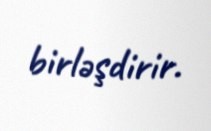
birləşdirir.